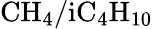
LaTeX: \mathrm{CH_{4}/iC_{4}H_{10}}